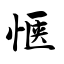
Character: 惬